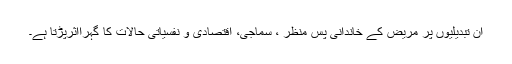
ان تبدیلیوں پر مریض کے خاندانی پس منظر ، سماجی، اقتصادی و نفسیاتی حالات کا گہرااثرپڑتا ہے۔